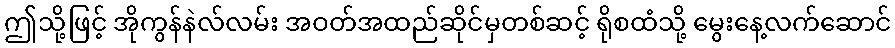
ဤသို့ဖြင့် အိုကွန်နဲလ်လမ်း အဝတ်အထည်ဆိုင်မှတစ်ဆင့် ရိုစထံသို့ မွေးနေ့လက်ဆောင်